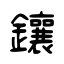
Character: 鑲